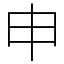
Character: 申